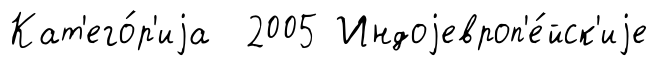
Кат'его́р'иjа 2005 Индоjевроп'е́йск'иjе